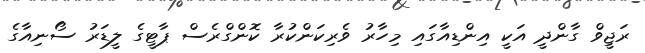
ރަޖީވް ގާންދީ އަކީ އިންޑިއާގައި މިހާރު ވެރިކަންކުރާ ކޮންގްރެސް ޕާޓީގެ ލީޑަރު ސޯނިއާގެ